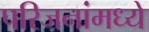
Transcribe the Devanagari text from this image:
परिजनांमध्ये